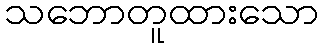
သဘောတူထားသော